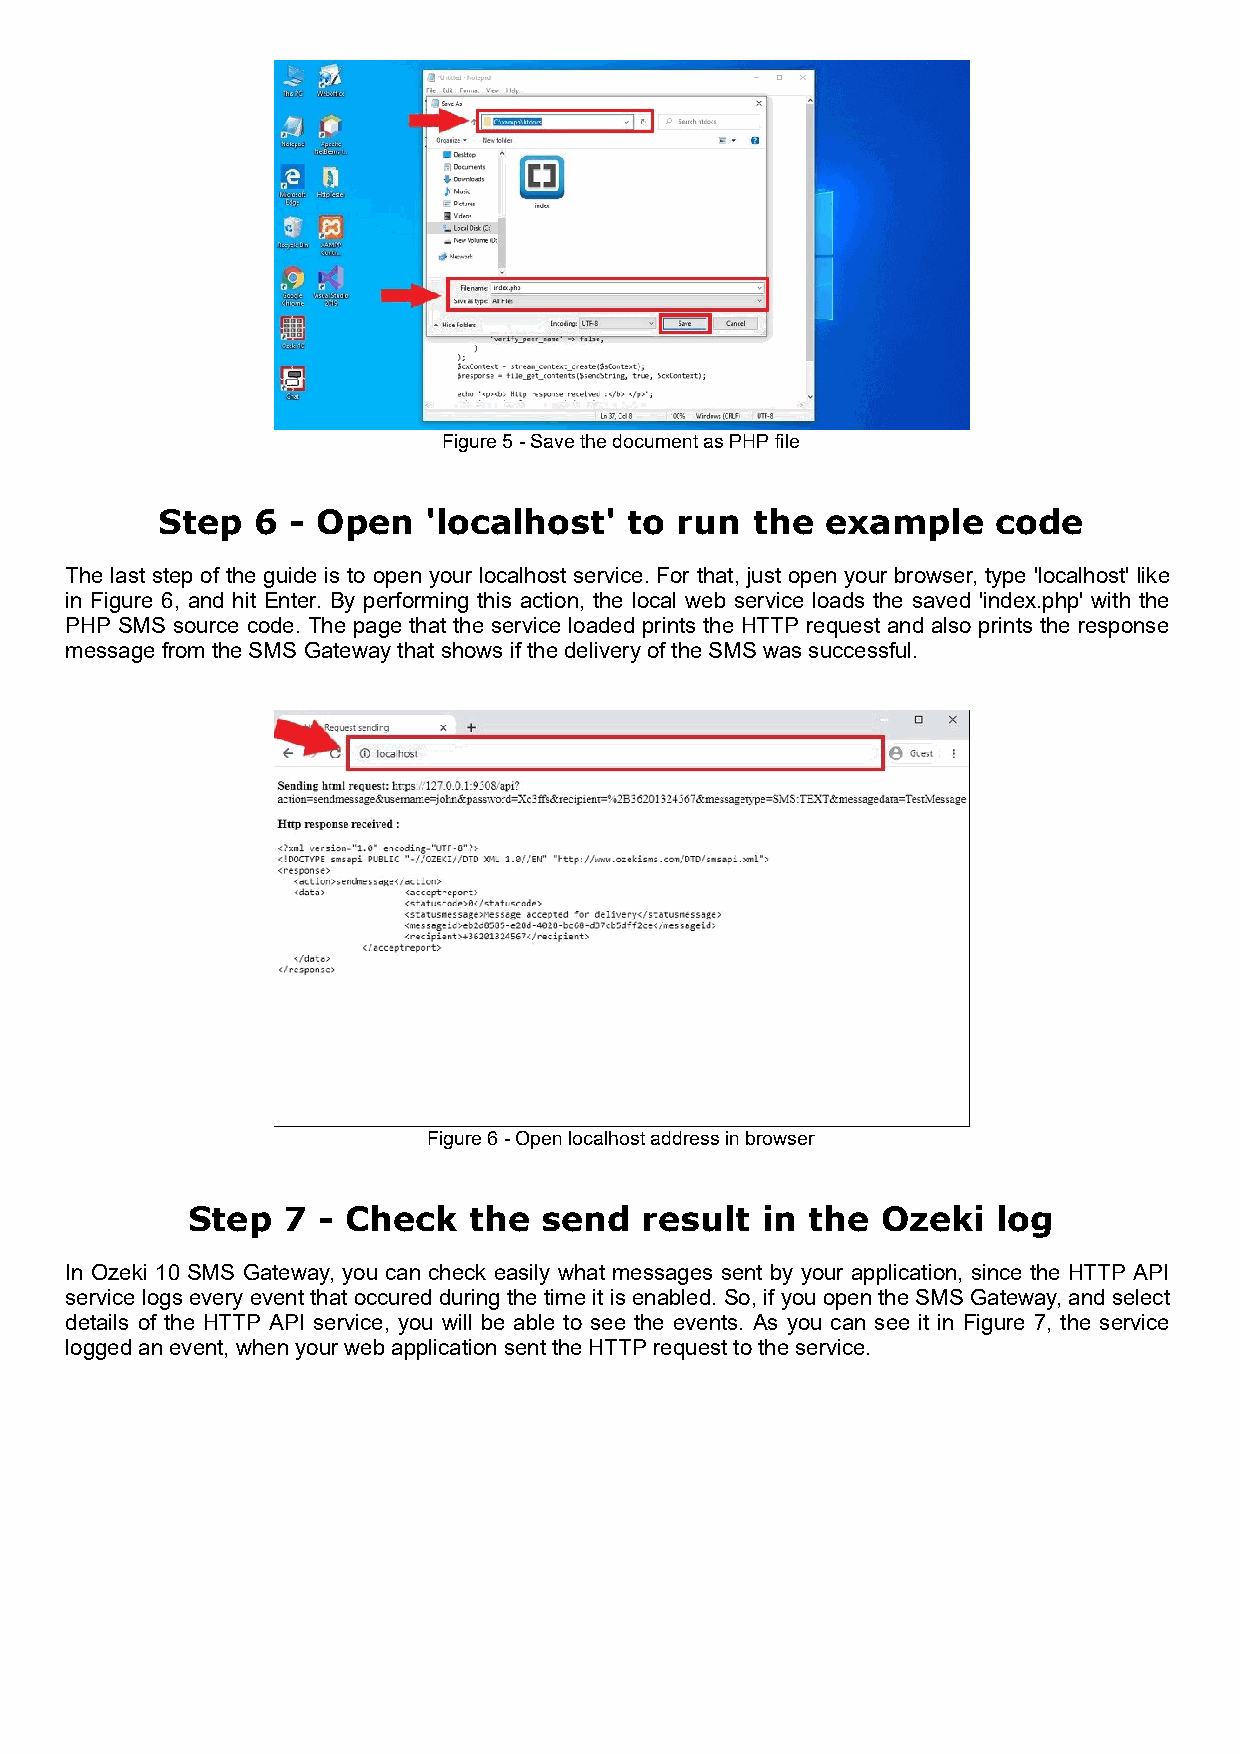
Figure 5 - Save the document as PHP file
 Step   6 - Open   'localhost'   to run  the  example    code
 The last step of the guide is to open your localhost service. For that, just open your browser, type 'localhost' like
 in Figure 6, and hit Enter. By performing this action, the local web service loads the saved 'index.php' with the
 PHP SMS source code. The page that the service loaded prints the HTTP request and also prints the response
 message from the SMS Gateway that shows if the delivery of the SMS was successful.
 Figure 6 - Open localhost address in browser
 Step   7 - Check   the  send  result  in  the Ozeki   log
 In Ozeki 10 SMS Gateway, you can check easily what messages sent by your application, since the HTTP API
 service logs every event that occured during the time it is enabled. So, if you open the SMS Gateway, and select
 details of the HTTP API service, you will be able to see the events. As you can see it in Figure 7, the service
 logged an event, when your web application sent the HTTP request to the service.